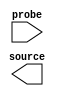

module CIC_mux_probe (
	source,
	probe);	

	output	[0:0]	source;
	input	[15:0]	probe;
endmodule